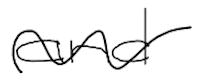
Text: and
Cross-out: wave
Writing tool: digital_black